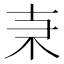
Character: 𠦙